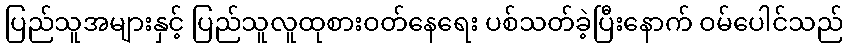
ပြည်သူအများနှင့် ပြည်သူလူထုစားဝတ်နေရေး ပစ်သတ်ခဲ့ပြီးနောက် ဝမ်ပေါင်သည်